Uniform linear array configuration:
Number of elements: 4
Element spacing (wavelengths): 0.25
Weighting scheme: hamming
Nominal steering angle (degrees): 60
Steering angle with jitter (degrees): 58.576
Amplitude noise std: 0.05
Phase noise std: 0.05

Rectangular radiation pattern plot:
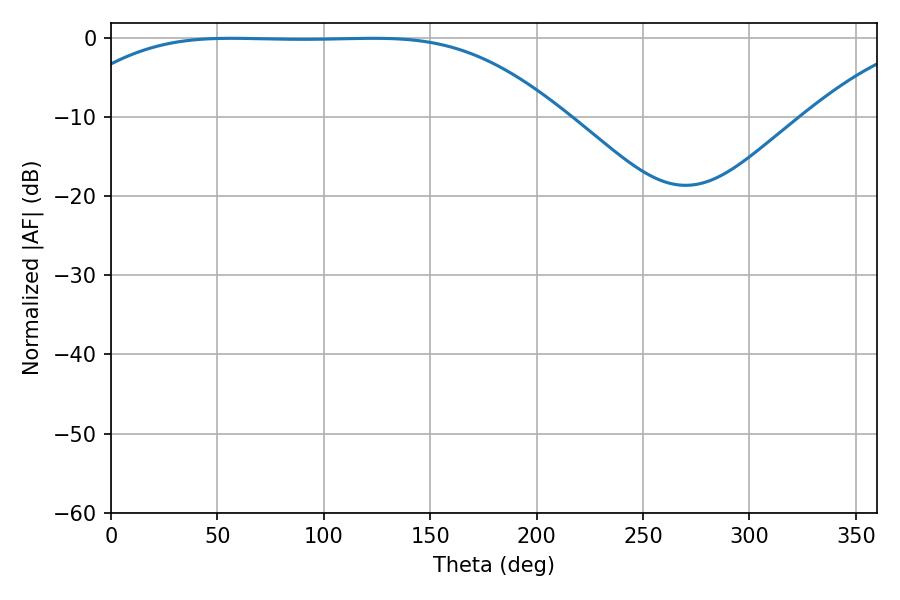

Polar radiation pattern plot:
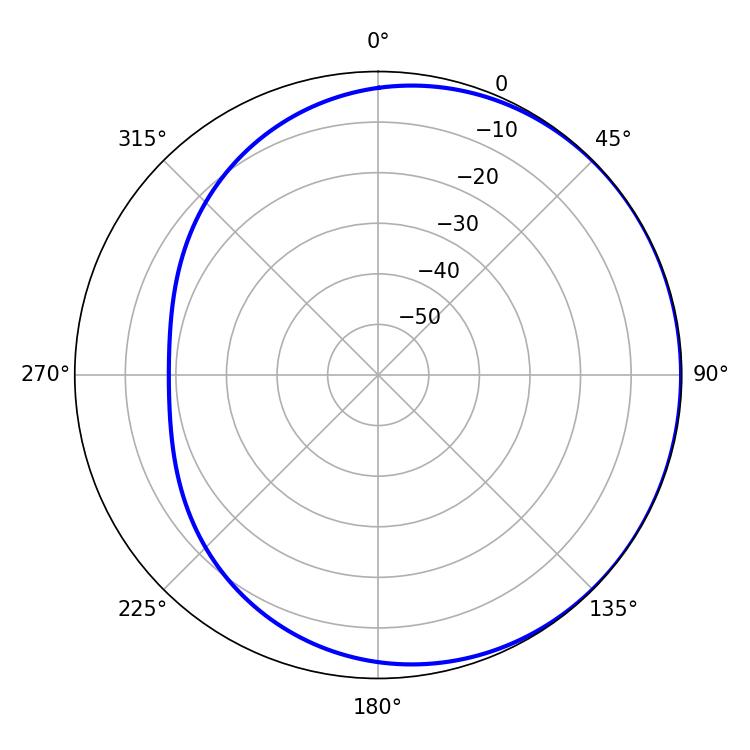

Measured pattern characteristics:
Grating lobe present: FALSE
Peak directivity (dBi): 0.5324
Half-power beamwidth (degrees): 176.4
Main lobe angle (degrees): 56.52